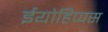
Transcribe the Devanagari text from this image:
ईयोहिप्पस